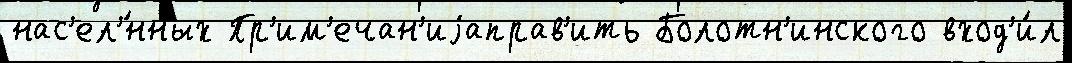
нас'ел'́нных Пр'им'ечан'иjаправ'ить Болотн'инского вход'и́л